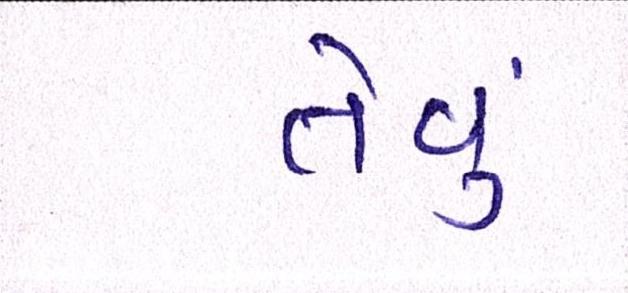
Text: તેવૂં